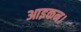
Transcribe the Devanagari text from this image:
आइकन।